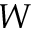
W